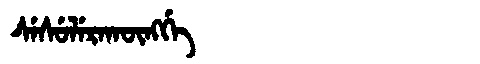
Manchu: ᠰᡝᠰᡠᠯᡝᡵᠠᡴᡡᠩᡤᡝ
Romanization: SESULERAKŪNGGE